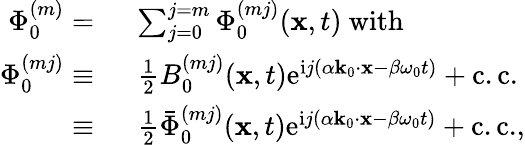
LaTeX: \begin{array}{rl}{\Phi_{0}^{(m)}=~}&{\sum_{j=0}^{j=m}\Phi_{0}^{(mj)}(\mathbf{x},t)~\mathrm{with}~}\\ {\Phi_{0}^{(mj)}\equiv~}&{\frac{1}{2}B_{0}^{(mj)}(\mathbf{x},t)\mathrm{e}^{\mathrm{i}j(\alpha\mathbf{k}_{0}\cdot\mathbf{x}-\beta\omega_{0}t)}+\mathrm{c.c.}}\\ {\equiv~}&{\frac{1}{2}\bar{\Phi}_{0}^{(mj)}(\mathbf{x},t)\mathrm{e}^{\mathrm{i}j(\alpha\mathbf{k}_{0}\cdot\mathbf{x}-\beta\omega_{0}t)}+\mathrm{c.c.},}\end{array}